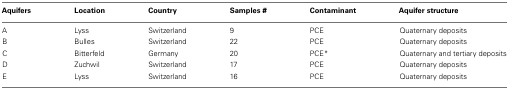
<table><thead><tr><td><b>Aquifers</b></td><td><b>Location</b></td><td><b>Country</b></td><td><b>Samples #</b></td><td><b>Contaminant</b></td><td><b>Aquifer structure</b></td></tr></thead><tbody><tr><td>A</td><td>Lyss</td><td>Switzerland</td><td>9</td><td>PCE</td><td>Quaternary deposits</td></tr><tr><td>B</td><td>Bulles</td><td>Switzerland</td><td>22</td><td>PCE</td><td>Quaternary deposits</td></tr><tr><td>C</td><td>Bitterfeld</td><td>Germany</td><td>20</td><td>PCE*</td><td>Quaternary and tertiary deposits</td></tr><tr><td>D</td><td>Zuchwil</td><td>Switzerland</td><td>17</td><td>PCE</td><td>Quaternary deposits</td></tr><tr><td>E</td><td>Lyss</td><td>Switzerland</td><td>16</td><td>PCE</td><td>Quaternary deposits</td></tr></tbody></table>